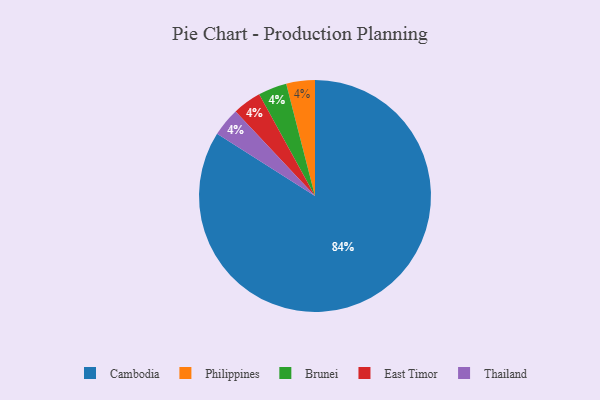
{"axis": {"x": "Category", "y": "Percentage"}, "legend": ["Brunei", "Cambodia", "East Timor", "Philippines", "Thailand"], "data": [{"x": "Philippines", "y": 4, "type": "Philippines"}, {"x": "Brunei", "y": 4, "type": "Brunei"}, {"x": "East Timor", "y": 4, "type": "East Timor"}, {"x": "Cambodia", "y": 84, "type": "Cambodia"}, {"x": "Thailand", "y": 4, "type": "Thailand"}]}